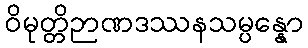
ဝိမုတ္တိဉာဏဒဿနသမ္ပန္နော